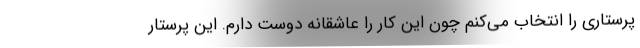
پرستاری را انتخاب می‌کنم چون این کار را عاشقانه دوست دارم. این پرستار